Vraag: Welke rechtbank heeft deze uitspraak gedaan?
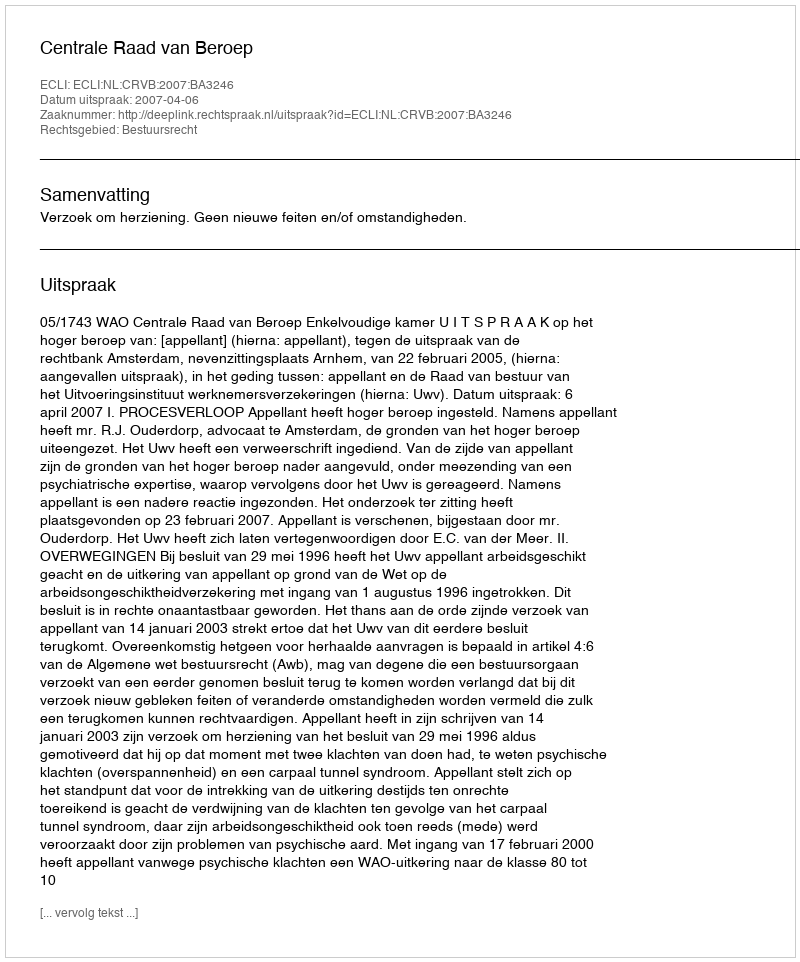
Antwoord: Centrale Raad van Beroep